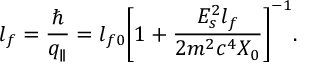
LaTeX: l _ { f } = { \frac { \hbar } { q _ { \parallel } } } = l _ { f 0 } \bigg [ 1 + { \frac { E _ { s } ^ { 2 } l _ { f } } { 2 m ^ { 2 } c ^ { 4 } X _ { 0 } } } \bigg ] ^ { - 1 } .